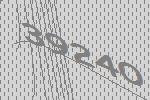
39240